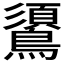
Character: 𪆦